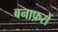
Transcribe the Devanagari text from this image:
बनाफ़रों